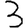
Digit: 3